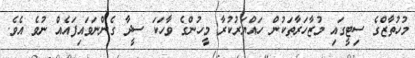
މުހުތާޒްގެ ސިޓީގައި މުޒާހަރާތަކުން ހައްޔަރުކުރާ މީހުންގެ ވާހަކަ ސީދާ ގެންނަވައިފައެއް ނުވެ އެވެ.